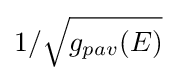
1/{\sqrt {g_{pav}(E)}}